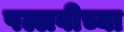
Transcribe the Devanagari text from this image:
पल्लवीच्या